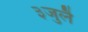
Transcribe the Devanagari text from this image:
३जुलै